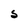
Character: 5